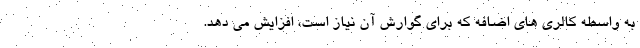
به واسطه کالری های اضافه که برای گوارش آن نیاز است، افزایش می دهد.